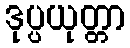
ဒုပ္ပယုတ္တာ